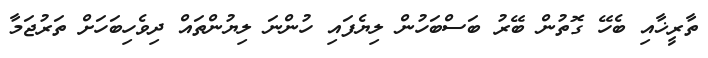
ތާރީޚާއި ބެހޭ ގޮތުން ބޭރު ބަސްބަހުން ލިޔެފައި ހުންނަ ލިޔުންތައް ދިވެހިބަހަށް ތަރުޖަމާ